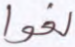
لغوا